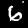
Label: 6